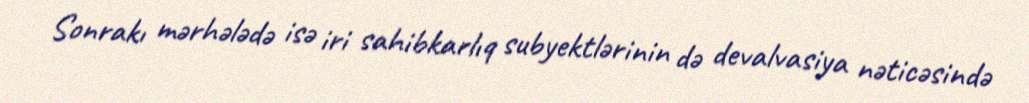
Sonrakı mərhələdə isə iri sahibkarlıq subyektlərinin də devalvasiya nəticəsində